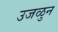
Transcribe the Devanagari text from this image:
उजळुन